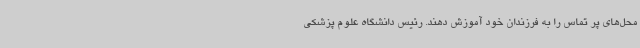
محل‌های پر تماس را به فرزندان خود آموزش دهند. رئیس دانشگاه علوم پزشکی